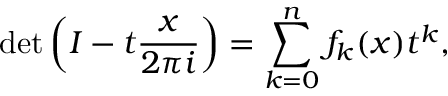
\operatorname* { d e t } \left( I - t { \frac { x } { 2 \pi i } } \right) = \sum _ { k = 0 } ^ { n } f _ { k } ( x ) t ^ { k } ,